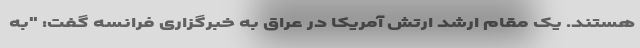
هستند. یک مقام ارشد ارتش آمریکا در عراق به خبرگزاری فرانسه گفت: "به